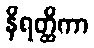
နိရတ္ထိကာ